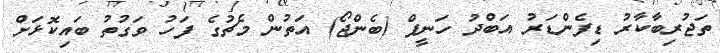
ތަޖުރިބާކާރު ޑިފެންޑަރު އަބްދު ހަނީފް (ބެންޖޯ) އަތުން މެޗުގެ ފަހު ވަގުތު ބައިކޮޅަށް